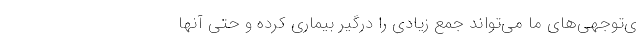
ی‌توجهی‌های ما می‌تواند جمع زیادی را درگیر بیماری کرده و حتی آنها